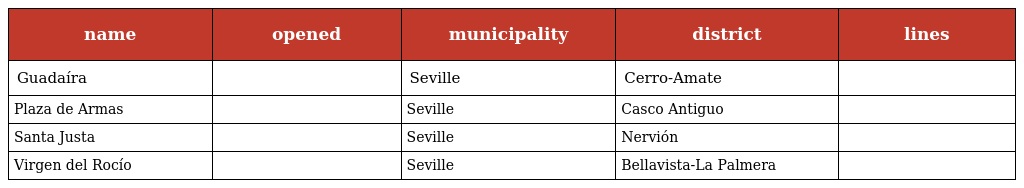
| name | opened | municipality | district | lines |
 | --- | --- | --- | --- | --- |
 | Guadaíra |  | Seville | Cerro-Amate |  |
 | Plaza de Armas |  | Seville | Casco Antiguo |  |
 | Santa Justa |  | Seville | Nervión |  |
 | Virgen del Rocío |  | Seville | Bellavista-La Palmera |  |